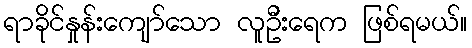
ရာခိုင်နှုန်းကျော်သော လူဦးရေက ဖြစ်ရမယ်။